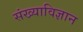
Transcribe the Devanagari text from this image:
संख्याविज्ञान